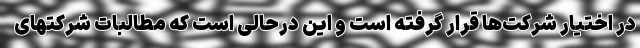
در اختیار شرکت‌ها قرار گرفته است و این درحالی است که مطالبات شرکتهای